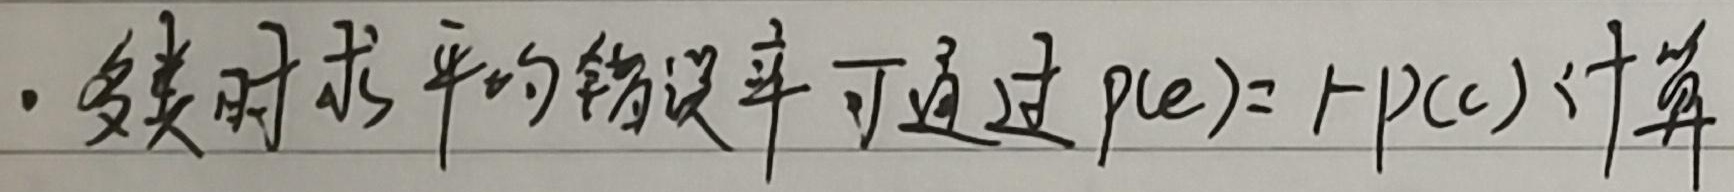
- 多类时平均的错误率可通过 \(p(e)=1 - p(c)\) 计算